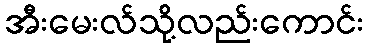
အီးမေးလ်သို့လည်းကောင်း